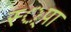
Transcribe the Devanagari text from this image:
स्‍्पा